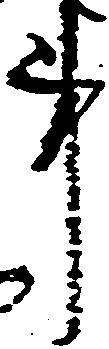
事